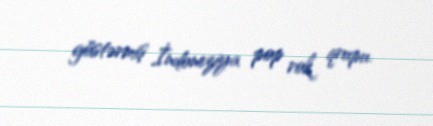
göstərmiş İndoneziya pop rok qrupu.